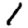
Digit: 1